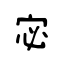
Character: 宓